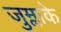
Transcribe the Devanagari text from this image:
जुम्लाके